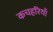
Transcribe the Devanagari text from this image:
कचहरियाँ